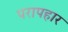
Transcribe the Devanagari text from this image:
परापहार